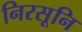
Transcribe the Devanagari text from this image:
निरसूनि